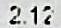
2.12